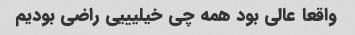
واقعا عالی بود همه چی خیلیییی راضی بودیم